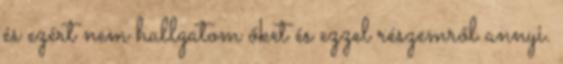
és ezért nem hallgatom őket és ezzel részemről annyi.